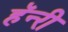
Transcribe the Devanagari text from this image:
हॅन्‍री